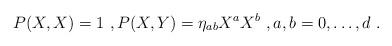
LaTeX: \begin{align*}P(X,X)=1 \ , P(X,Y)=\eta_{ab}X^aX^b \ , a,b=0,\dots,d \ .\end{align*}